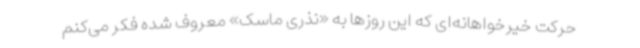
حرکت خیرخواهانه‌ای که این روزها به «نذری ماسک» معروف شده فکر می‌کنم